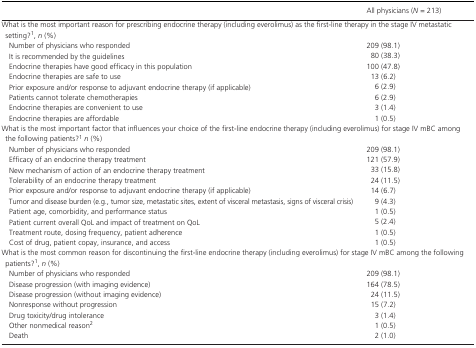
<table><thead><tr><td></td><td><b>All physicians (<i>N</i> = 213)</b></td></tr></thead><tbody><tr><td colspan="2">What is the most important reason for prescribing endocrine therapy (including everolimus) as the first‐line therapy in the stage IV metastatic setting?a, <i>n</i> (%)</td></tr><tr><td>Number of physicians who responded</td><td>209 (98.1)</td></tr><tr><td>It is recommended by the guidelines</td><td>80 (38.3)</td></tr><tr><td>Endocrine therapies have good efficacy in this population</td><td>100 (47.8)</td></tr><tr><td>Endocrine therapies are safe to use</td><td>13 (6.2)</td></tr><tr><td>Prior exposure and/or response to adjuvant endocrine therapy (if applicable)</td><td>6 (2.9)</td></tr><tr><td>Patients cannot tolerate chemotherapies</td><td>6 (2.9)</td></tr><tr><td>Endocrine therapies are convenient to use</td><td>3 (1.4)</td></tr><tr><td>Endocrine therapies are affordable</td><td>1 (0.5)</td></tr><tr><td colspan="2">What is the most important factor that influences your choice of the first‐line endocrine therapy (including everolimus) for stage IV mBC among the following patients?a<i>n</i> (%)</td></tr><tr><td>Number of physicians who responded</td><td>209 (98.1)</td></tr><tr><td>Efficacy of an endocrine therapy treatment</td><td>121 (57.9)</td></tr><tr><td>New mechanism of action of an endocrine therapy treatment</td><td>33 (15.8)</td></tr><tr><td>Tolerability of an endocrine therapy treatment</td><td>24 (11.5)</td></tr><tr><td>Prior exposure and/or response to adjuvant endocrine therapy (if applicable)</td><td>14 (6.7)</td></tr><tr><td>Tumor and disease burden (e.g., tumor size, metastatic sites, extent of visceral metastasis, signs of visceral crisis)</td><td>9 (4.3)</td></tr><tr><td>Patient age, comorbidity, and performance status</td><td>1 (0.5)</td></tr><tr><td>Patient current overall QoL and impact of treatment on QoL</td><td>5 (2.4)</td></tr><tr><td>Treatment route, dosing frequency, patient adherence</td><td>1 (0.5)</td></tr><tr><td>Cost of drug, patient copay, insurance, and access</td><td>1 (0.5)</td></tr><tr><td colspan="2">What is the most common reason for discontinuing the first‐line endocrine therapy (including everolimus) for stage IV mBC among the following patients?a, <i>n</i> (%)</td></tr><tr><td>Number of physicians who responded</td><td>209 (98.1)</td></tr><tr><td>Disease progression (with imaging evidence)</td><td>164 (78.5)</td></tr><tr><td>Disease progression (without imaging evidence)</td><td>24 (11.5)</td></tr><tr><td>Nonresponse without progression</td><td>15 (7.2)</td></tr><tr><td>Drug toxicity/drug intolerance</td><td>3 (1.4)</td></tr><tr><td>Other nonmedical reasonb</td><td>1 (0.5)</td></tr><tr><td>Death</td><td>2 (1.0)</td></tr></tbody></table>